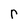
Character: r